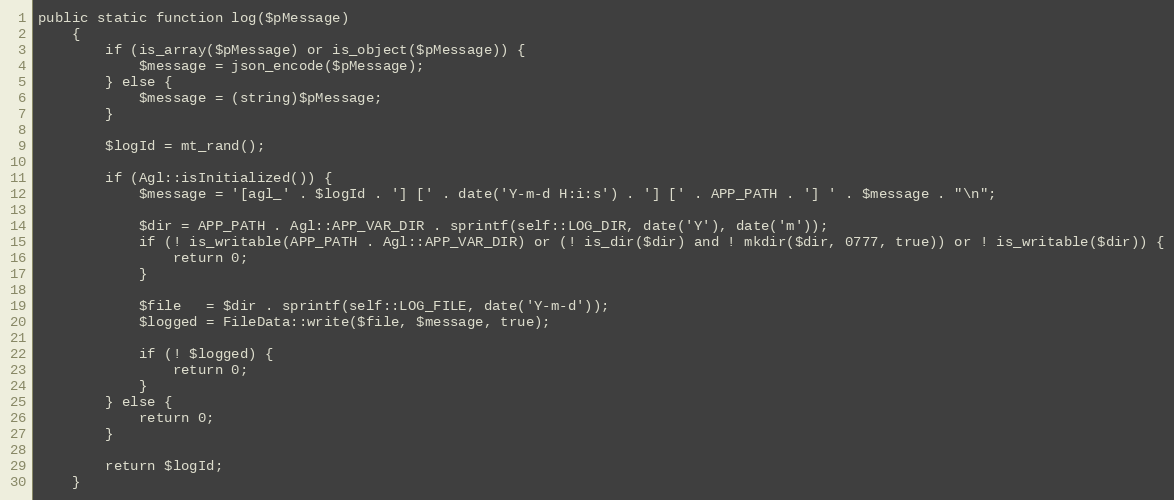
Language: PHP
public static function log($pMessage)
    {
        if (is_array($pMessage) or is_object($pMessage)) {
            $message = json_encode($pMessage);
        } else {
            $message = (string)$pMessage;
        }

        $logId = mt_rand();

        if (Agl::isInitialized()) {
            $message = '[agl_' . $logId . '] [' . date('Y-m-d H:i:s') . '] [' . APP_PATH . '] ' . $message . "\n";

            $dir = APP_PATH . Agl::APP_VAR_DIR . sprintf(self::LOG_DIR, date('Y'), date('m'));
            if (! is_writable(APP_PATH . Agl::APP_VAR_DIR) or (! is_dir($dir) and ! mkdir($dir, 0777, true)) or ! is_writable($dir)) {
                return 0;
            }

            $file   = $dir . sprintf(self::LOG_FILE, date('Y-m-d'));
            $logged = FileData::write($file, $message, true);

            if (! $logged) {
                return 0;
            }
        } else {
            return 0;
        }

        return $logId;
    }